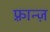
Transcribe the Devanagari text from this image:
फ़्रान्ज़